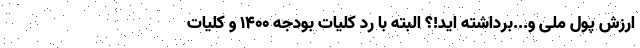
ارزش پول ملی و...برداشته اید!؟ البته با رد کلیات بودجه ۱۴۰۰ و کلیات